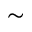
\sim